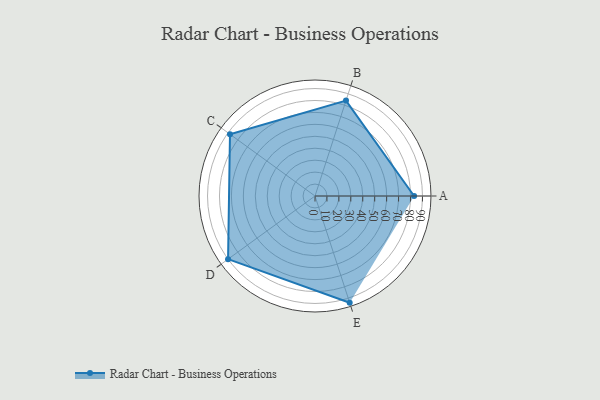
{"axis": {"x": "Skill", "y": "Score"}, "legend": ["Profile"], "data": [{"x": "A", "y": 83.0, "type": "Profile"}, {"x": "B", "y": 84.0, "type": "Profile"}, {"x": "C", "y": 88.0, "type": "Profile"}, {"x": "D", "y": 90.0, "type": "Profile"}, {"x": "E", "y": 94.0, "type": "Profile"}]}